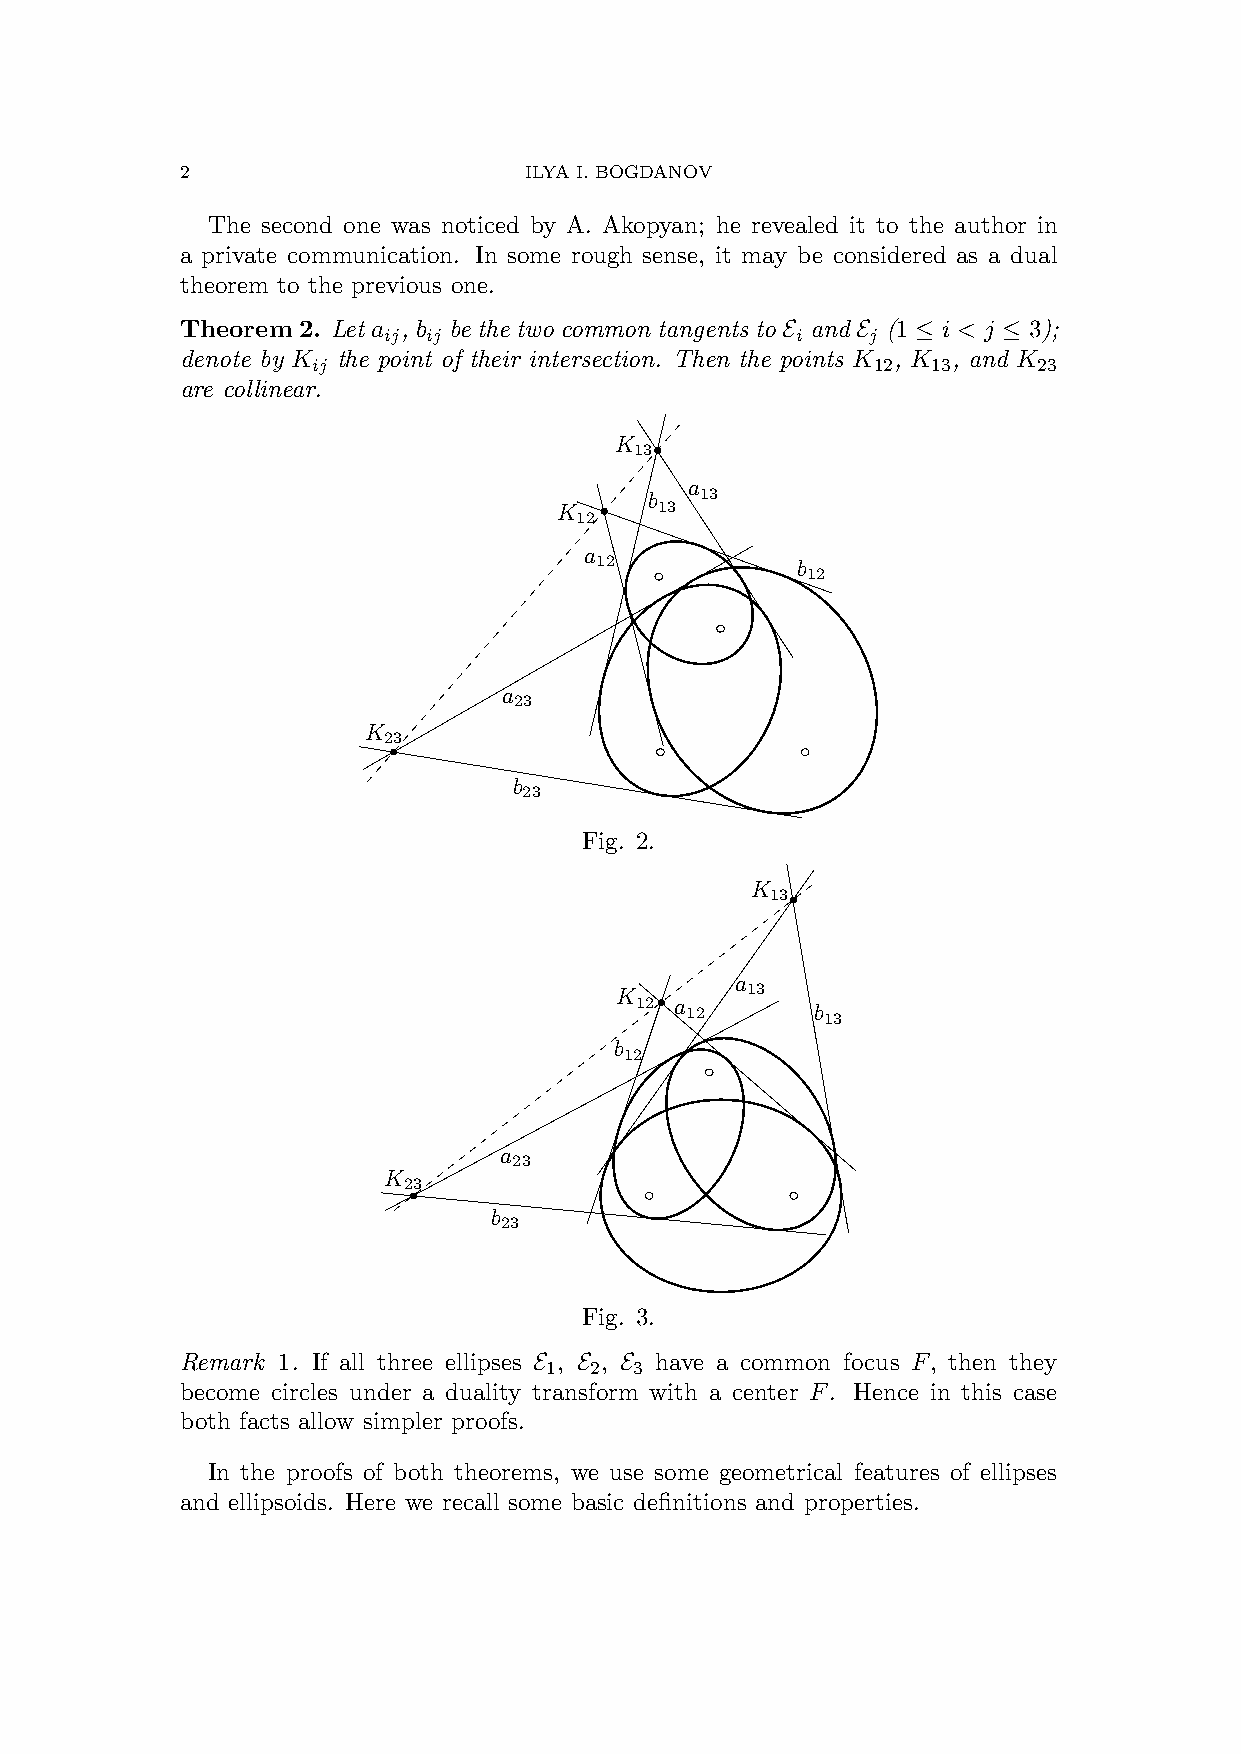
2                      ILYA I. BOGDANOV
 The second one was noticed by A. Akopyan; he revealed it to the author in
 a private communication. In some rough sense, it may be considered as a dual
 theorem to the previous one.
 Theorem 2. Let a , b be the two common tangents to and (1 i < j 3);
 ij ij                       i    j
 E    E   ≤    ≤
 denote by K the point of their intersection. Then the points K , K , and K
 ij                                   12  13     23
 are collinear.
 K
 13
 a
 b  13
 K      13
 12
 a
 12            b
 12
 a
 23
 K
 23
 b
 23
 Fig. 2.
 K
 13
 a
 K       13
 12 a 12     b 13
 b
 12
 a
 23
 K
 23
 b
 23
 Fig. 3.
 Remark 1. If all three ellipses , , have a common focus F, then they
 1  2  3
 E  E  E
 become circles under a duality transform with a center F. Hence in this case
 both facts allow simpler proofs.
 In the proofs of both theorems, we use some geometrical features of ellipses
 and ellipsoids. Here we recall some basic definitions and properties.